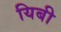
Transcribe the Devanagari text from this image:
यिबी